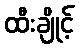
ထီးချိုင့်